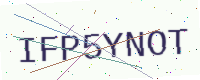
Text: IFP5YNOT